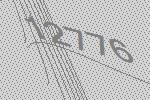
12776